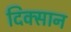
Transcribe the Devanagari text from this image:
दिक्सान